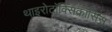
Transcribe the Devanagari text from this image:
थाइरोटॉक्सिकॉसिस